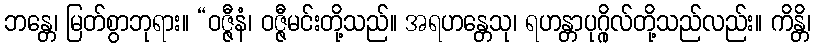
ဘန္တေ၊ မြတ်စွာဘုရား။ “ဝဇ္ဇီနံ၊ ဝဇ္ဇီမင်းတို့သည်။ အရဟန္တေသု၊ ရဟန္တာပုဂ္ဂိုလ်တို့သည်လည်း။ ကိန္တိ၊